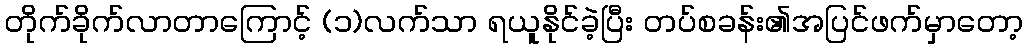
တိုက်ခိုက်လာတာကြောင့် (၁)လက်သာ ရယူနိုင်ခဲ့ပြီး တပ်စခန်း၏အပြင်ဖက်မှာတော့